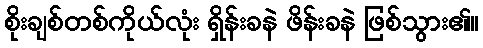
စိုးချစ်တစ်ကိုယ်လုံး ရှိန်းခနဲ ဖိန်းခနဲ ဖြစ်သွား၏။